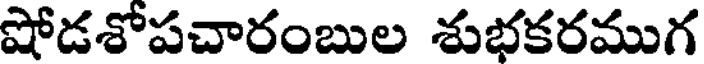
షోడశోపచారంబుల శుభకరముగ